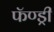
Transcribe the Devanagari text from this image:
फॅण्ड्री